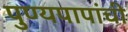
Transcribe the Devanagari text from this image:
पुण्यपापांची